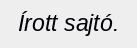
Írott sajtó.